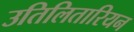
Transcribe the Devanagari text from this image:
उतिलितारियन